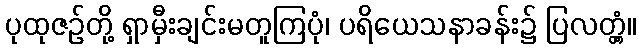
ပုထုဇဉ်တို့ ရှာမှီးချင်းမတူကြပုံ၊ ပရိယေသနာခန်း၌ ပြလတ္တံ့။